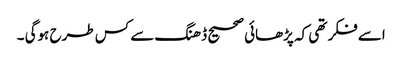
اسے فکر تھی کہ پڑھائی صحیح ڈھنگ سے کس طرح ہوگی ۔